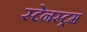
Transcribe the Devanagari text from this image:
स्टेनस्ट्रम